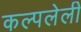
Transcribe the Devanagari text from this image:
कल्पलेली